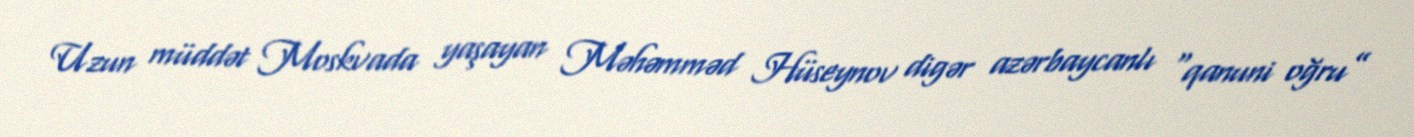
Uzun müddət Moskvada yaşayan Məhəmməd Hüseynov digər azərbaycanlı “qanuni oğru”